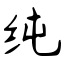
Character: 纯